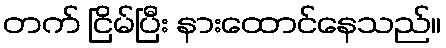
တက် ငြိမ်ပြီး နားထောင်နေသည်။